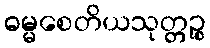
ဓမ္မစေတိယသုတ္တဉ္စ